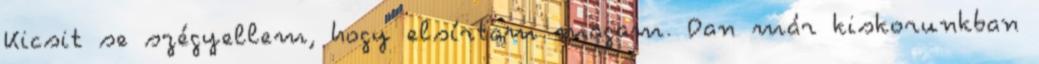
Kicsit se szégyellem, hogy elsírtam magam. Dan már kiskorunkban